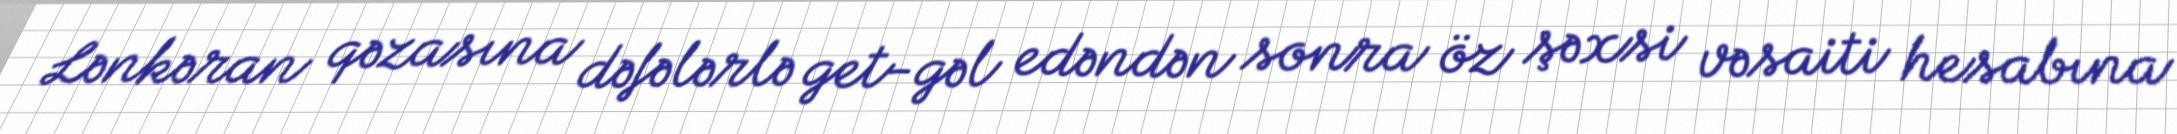
Lənkəran qəzasına dəfələrlə get-gəl edəndən sonra öz şəxsi vəsaiti hesabına